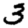
Digit: 3